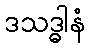
ဒသဒ္ဓါနံ